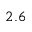
2 . 6